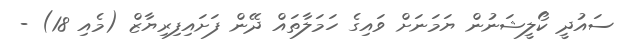
ސައުދީ ކޯލީޝަނުން ޔަމަނަށް ވައިގެ ހަމަލާތައް ދޭން ފަށައިފިރިޔާޒް (މެއި 18) -